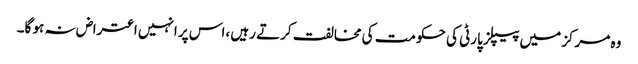
وہ مرکز میں پیپلز پارٹی کی حکومت کی مخالفت کرتے رہیں ،اس پر انہیں اعتراض نہ ہو گا۔